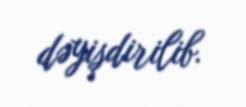
dəyişdirilib.